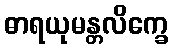
ဓာရယုမန္တလိက္ခေ